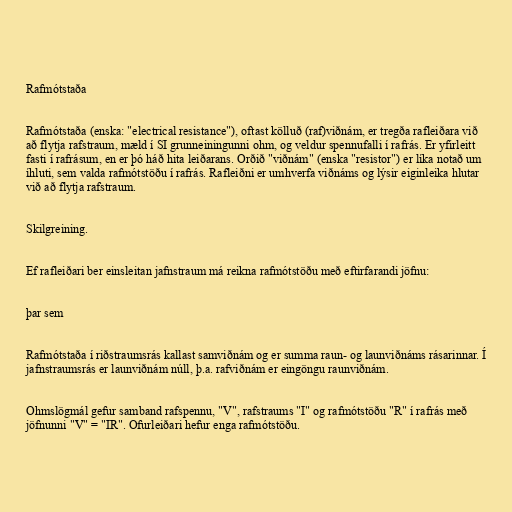
Rafmótstaða

Rafmótstaða (enska: "electrical resistance"), oftast kölluð (raf)viðnám, er tregða rafleiðara við
að flytja rafstraum, mæld í SI grunneiningunni ohm, og veldur spennufalli í rafrás. Er yfirleitt
fasti í rafrásum, en er þó háð hita leiðarans. Orðið "viðnám" (enska "resistor") er líka notað um
íhluti, sem valda rafmótstöðu í rafrás. Rafleiðni er umhverfa viðnáms og lýsir eiginleika hlutar
við að flytja rafstraum.

Skilgreining.

Ef rafleiðari ber einsleitan jafnstraum má reikna rafmótstöðu með eftirfarandi jöfnu:

þar sem

Rafmótstaða í riðstraumsrás kallast samviðnám og er summa raun- og launviðnáms rásarinnar. Í
jafnstraumsrás er launviðnám núll, þ.a. rafviðnám er eingöngu raunviðnám.

Ohmslögmál gefur samband rafspennu, "V", rafstraums "I" og rafmótstöðu "R" í rafrás með
jöfnunni "V" = "IR". Ofurleiðari hefur enga rafmótstöðu.